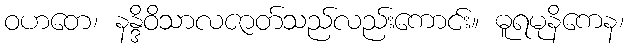
ဝဟတေ၊ နန္ဒိဝိသာလဇာတ်သည်လည်းကောင်း။ ဓူရမုနိကေန၊